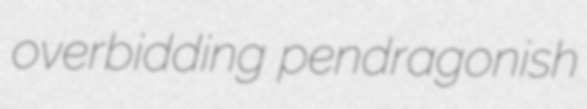
overbidding pendragonish